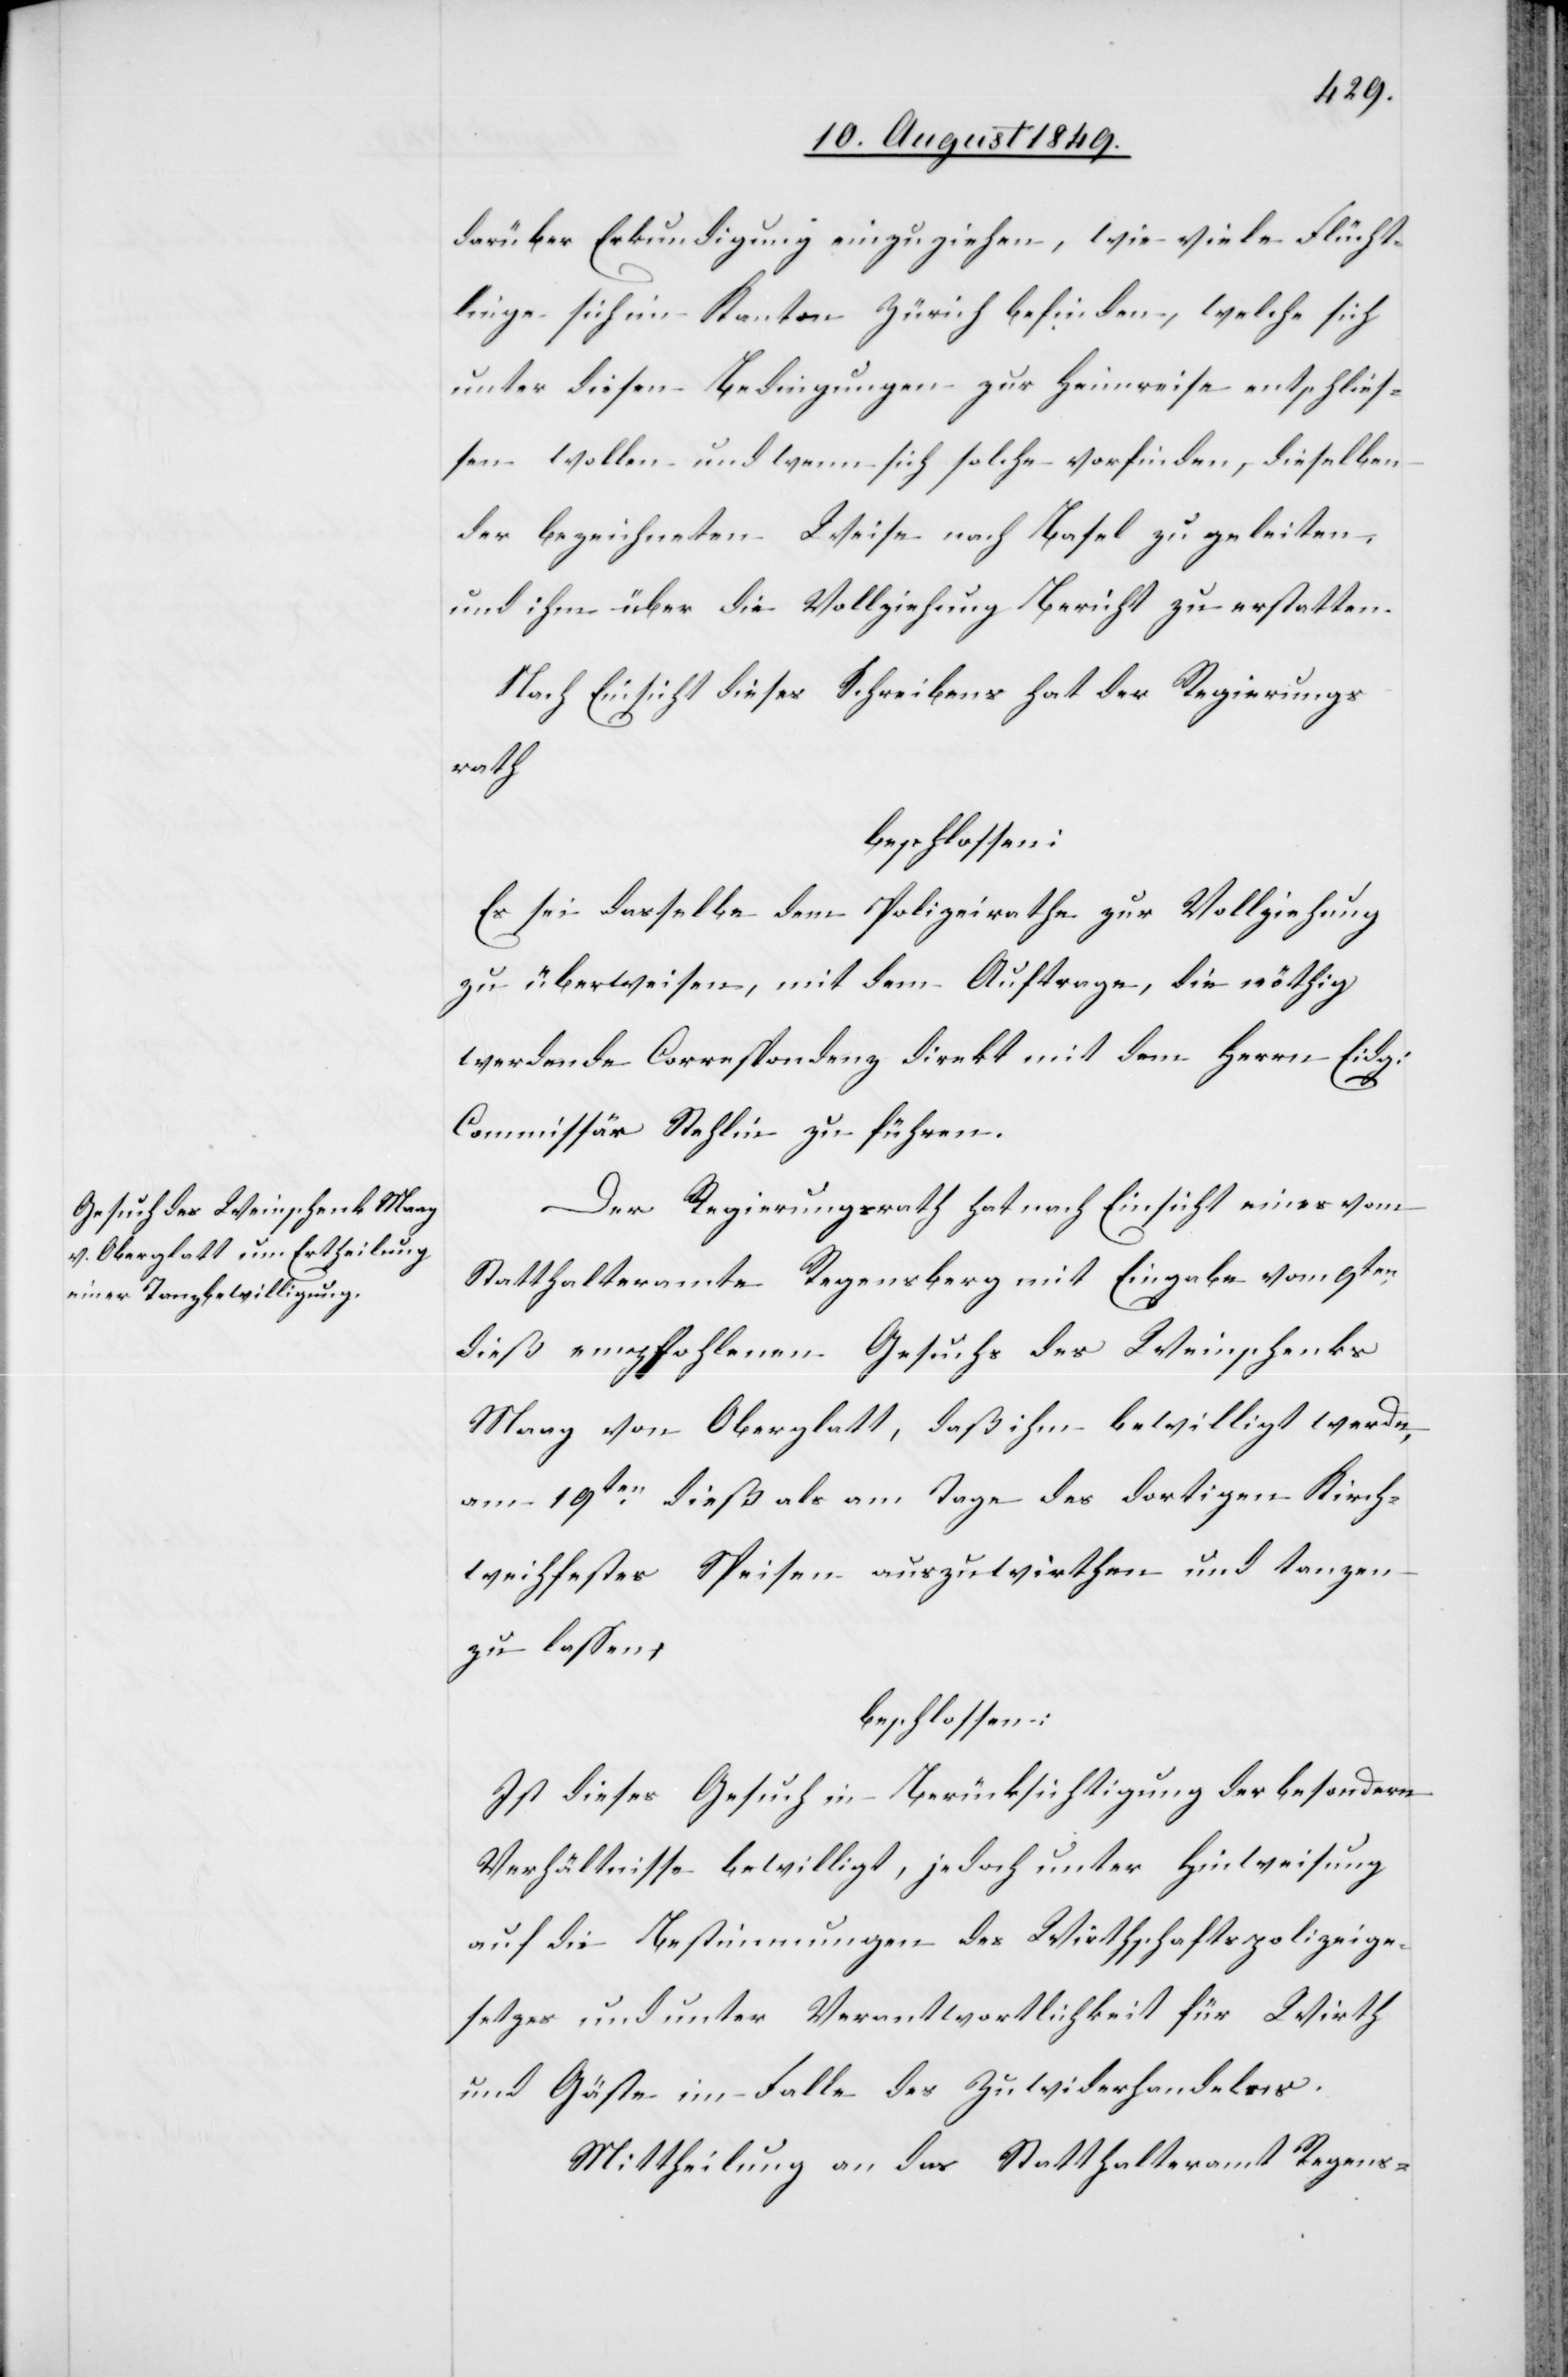
darüber Erkundigung einzuziehen, wie viele Flücht¬
linge sich im Kanton Zürich befinden, welche sich
unter diesen Bedingungen zur Heimreise entschlies¬
sen wollen und wenn sich solche vorfinden, dieselben
der bezeichneten Weise nach Basel zu geleiten,
und ihm über die Vollziehung Bericht zu erstatten.
Nach Einsicht dieses Schreibens hat der Regierungs¬
rath
beschlossen:
Es sei dasselbe dem Polizeirathe zur Vollziehung
zu überweisen, mit dem Auftrage, die nöthig
werdende Correspondenz direkt mit dem Herrn Eidg.
Commissär Stehlin zu führen.
Der Regierungsrath hat nach Einsicht eines vom
Statthalteramte Regensberg mit Eingabe vom 9ten
dieß empfohlenen Gesuchs des Weinschenks
Maag von Oberglatt, daß ihm bewilligt werde,
am 19ten dieß als am Tage des dortigen Kirch¬
weihfester Speisen auszuwirthen und tanzen
zu lassen;
beschlossen:
Ist dieses Gesuch in Berücksichtigung der besondern
Verhältnisse bewilligt, jedoch unter Hinweisung
auf die Bestimmungen des Wirthschaftspolizeige¬
setzes und unter Verantwortlichkeit für Wirth
und Gäste im Falle des Zuwiderhandelns.
Mittheilung an das Statthalteramt Regens-